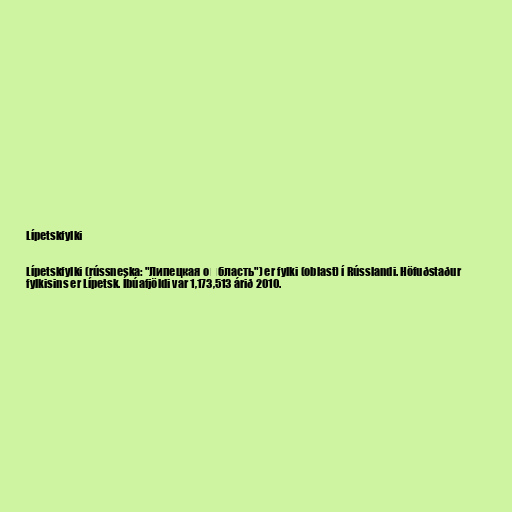
Lípetskfylki

Lípetskfylki (rússneska: "Липецкая о́бласть") er fylki (oblast) í Rússlandi. Höfuðstaður
fylkisins er Lípetsk. Íbúafjöldi var 1,173,513 árið 2010.